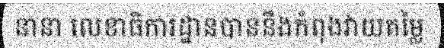
នានា លេខាធិការដ្ឋានបាននឹងកំពុងវាយតម្លៃ